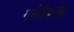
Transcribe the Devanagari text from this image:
गनेरीवाला